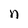
Character: n